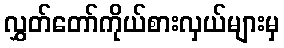
လွှတ်တော်ကိုယ်စားလှယ်များမှ